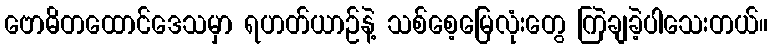
ဗောဓိတထောင်ဒေသမှာ ရဟတ်ယာဉ်နဲ့ သစ်စေ့မြေလုံးတွေ ကြဲချခဲ့ပါသေးတယ်။